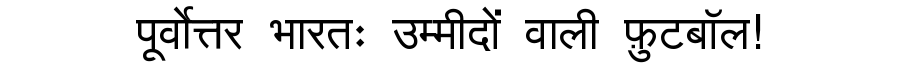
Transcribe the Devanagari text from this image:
पूर्वोत्तर भारतः उम्मीदों वाली फ़ुटबॉल!